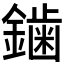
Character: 𮣁